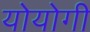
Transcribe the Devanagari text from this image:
योयोगी